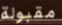
مقبولة